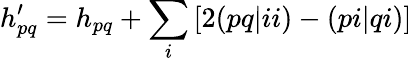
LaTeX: h_{pq}^{\prime}=h_{pq}+\sum_{i}\left[2(pq|ii)-(pi|qi)\right]